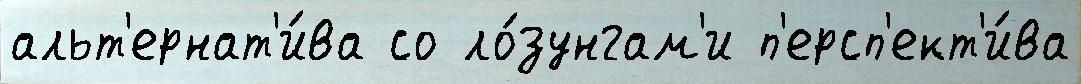
альт'ернат'и́ва со ло́зунгам'и п'ерсп'ект'и́ва